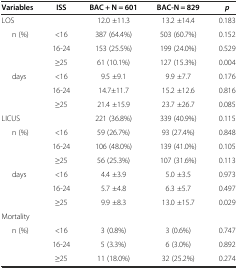
| Variables | ISS | BAC + N = 601 | BAC-N = 829 | p |
 | --- | --- | --- | --- | --- |
 | LOS |  | 12.0 ±11.3 | 13.2 ±14.4 | 0.183 |
 | n (%) | <16 | 387 (64.4%) | 503 (60.7%) | 0.152 |
 |  | 16-24 | 153 (25.5%) | 199 (24.0%) | 0.529 |
 |  | ≥25 | 61 (10.1%) | 127 (15.3%) | 0.004 |
 | days | <16 | 9.5 ±9.1 | 9.9 ±7.7 | 0.176 |
 |  | 16-24 | 14.7±11.7 | 15.2 ±12.6 | 0.816 |
 |  | ≥25 | 21.4 ±15.9 | 23.7 ±26.7 | 0.085 |
 | LICUS |  | 221 (36.8%) | 339 (40.9%) | 0.115 |
 | n (%) | <16 | 59 (26.7%) | 93 (27.4%) | 0.848 |
 |  | 16-24 | 106 (48.0%) | 139 (41.0%) | 0.105 |
 |  | ≥25 | 56 (25.3%) | 107 (31.6%) | 0.113 |
 | days | <16 | 4.4 ±3.9 | 5.0 ±3.5 | 0.973 |
 |  | 16-24 | 5.7 ±4.8 | 6.3 ±5.7 | 0.497 |
 |  | ≥25 | 9.9 ±8.3 | 13.0 ±15.7 | 0.029 |
 | Mortality |  |  |  |  |
 | n (%) | <16 | 3 (0.8%) | 3 (0.6%) | 0.747 |
 |  | 16-24 | 5 (3.3%) | 6 (3.0%) | 0.892 |
 |  | ≥25 | 11 (18.0%) | 32 (25.2%) | 0.274 |